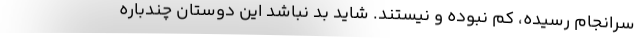
سرانجام رسیده، کم نبوده و نیستند. شاید بد نباشد این دوستان چندباره